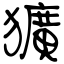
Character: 獷